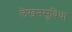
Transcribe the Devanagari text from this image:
लेखनसुविधा